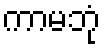
ကာမဘုံ